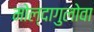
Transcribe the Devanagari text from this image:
मोल्दागुलोवा